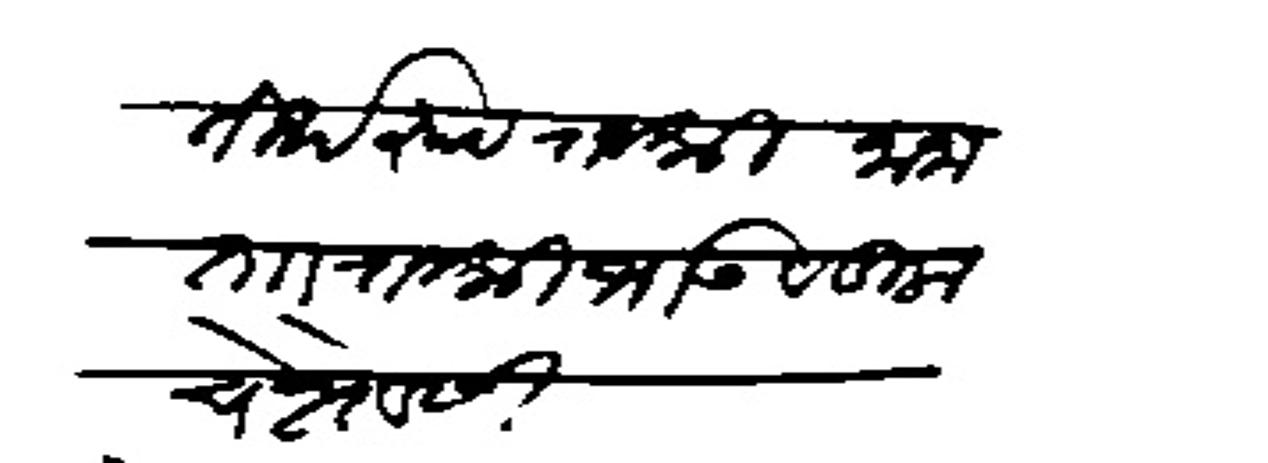
Transliteration (Devanagari): तीर्थरप राजश्री नाना ताा राजश्री भाऊ वडिलाचे शोवेसी